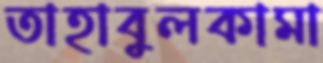
তাহাবুলকামা